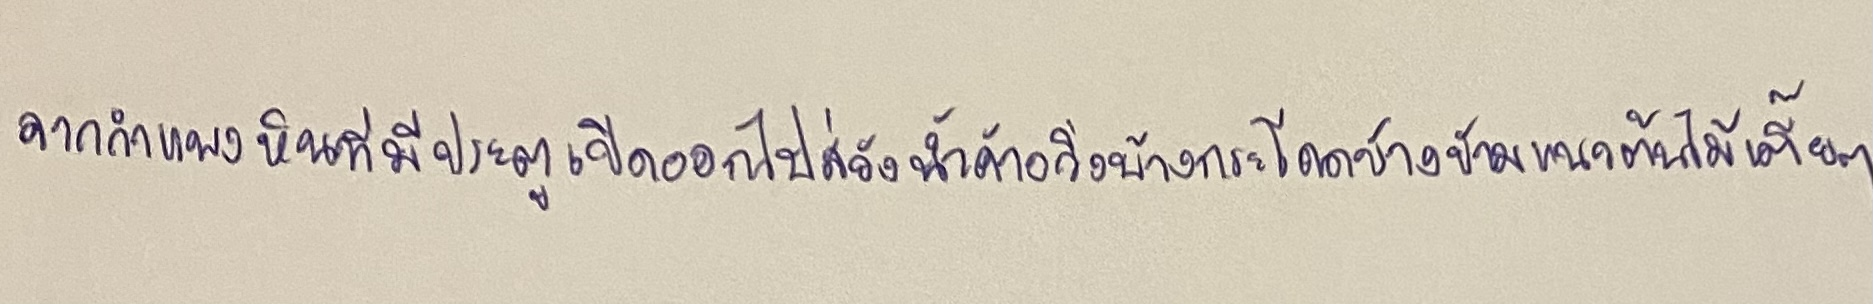
จากกำแพงหินที่มีประตูเปิดออกไปสู่วังน้ำค้างวิ่งบ้างกระโดดบ้างข้ามแนวต้นไม้เตี้ยๆ